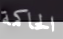
الحاكمة